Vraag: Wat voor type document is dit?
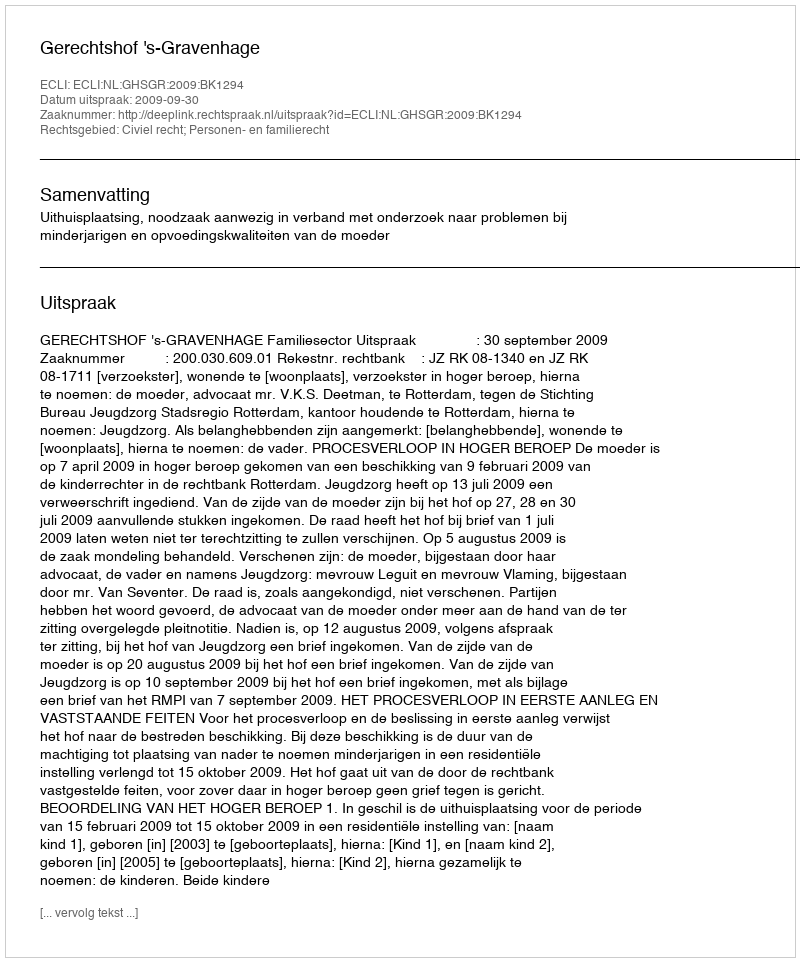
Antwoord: Uitspraak